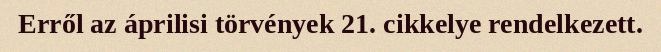
Erről az áprilisi törvények 21. cikkelye rendelkezett.